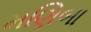
મણિબા